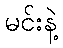
မင်းနဲ့